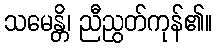
သမေန္တိ၊ ညီညွတ်ကုန်၏။